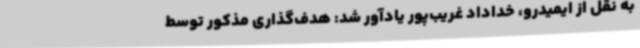
به نقل از ایمیدرو، خداداد غریب‌پور یادآور شد: هدف‌گذاری مذکور توسط